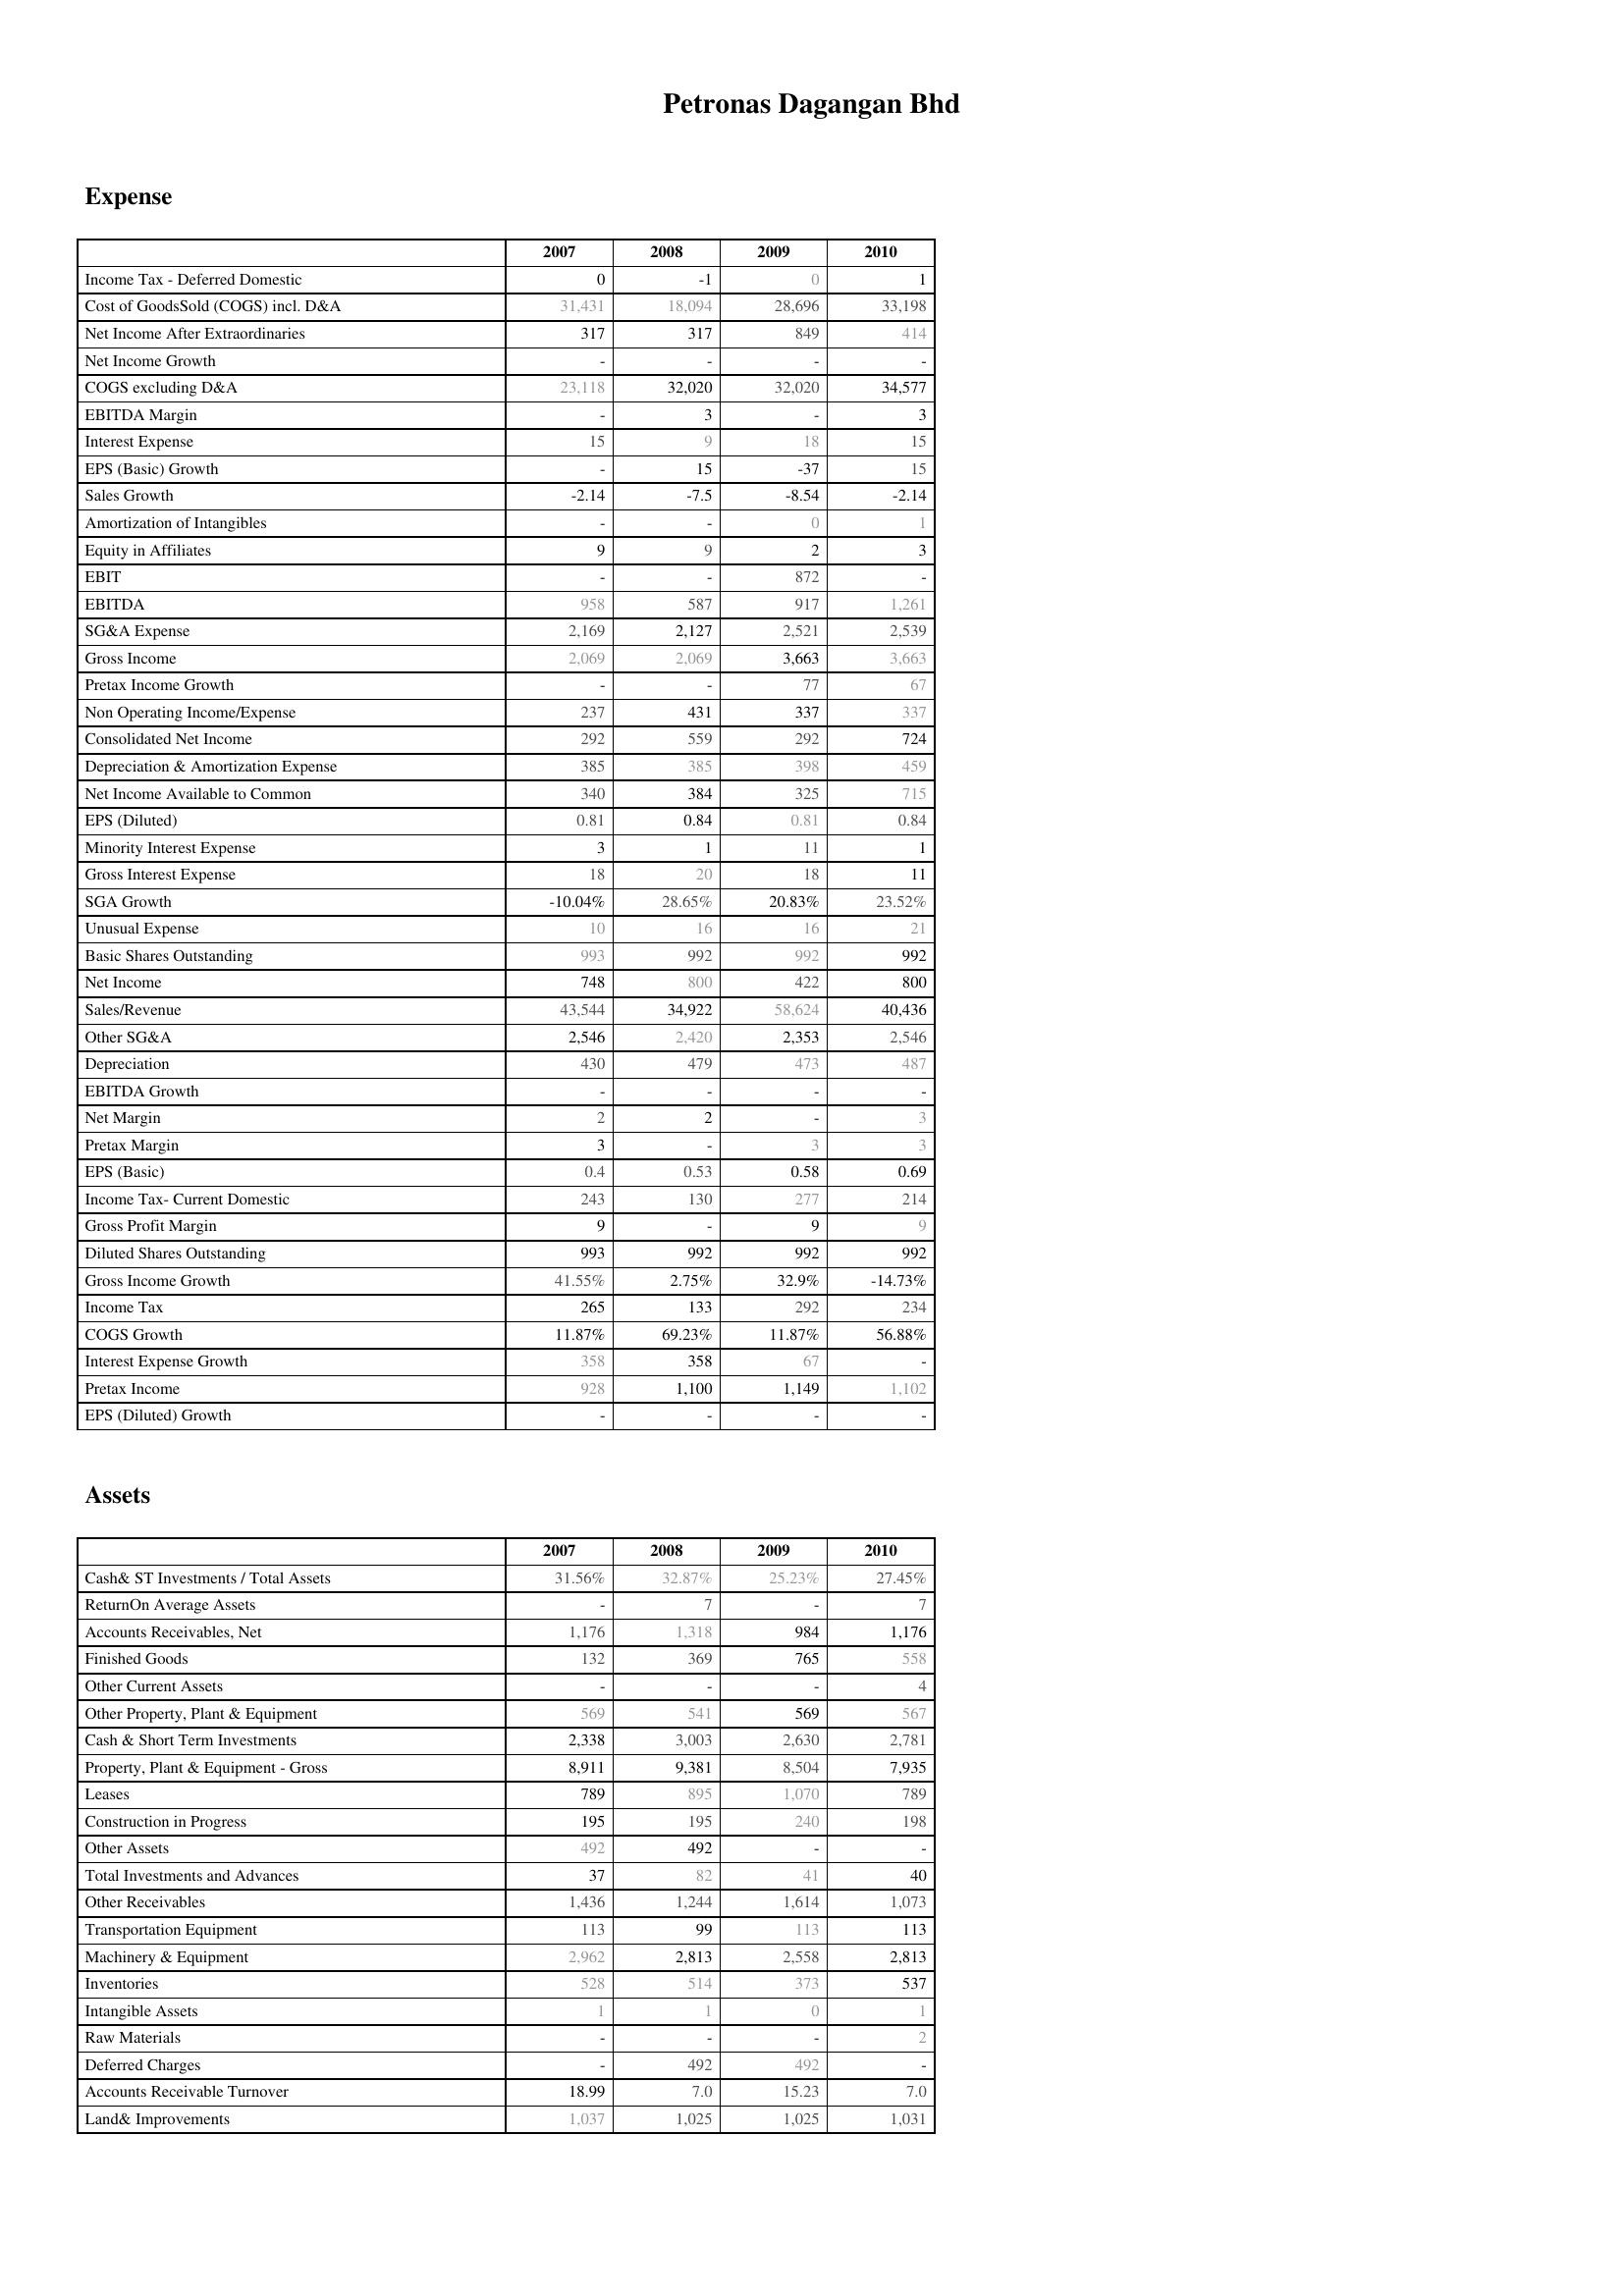
2007: Expense: Income Tax - Deferred Domestic: 0
Cost of GoodsSold (COGS) incl. D&A: 31,431
Net Income After Extraordinaries: 317
Net Income Growth: -
COGS excluding D&A: 23,118
EBITDA Margin: -
Interest Expense: 15
EPS (Basic) Growth: -
Sales Growth: -2.14
Amortization of Intangibles: -
Equity in Affiliates: 9
EBIT: -
EBITDA: 958
SG&A Expense: 2,169
Gross Income: 2,069
Pretax Income Growth: -
Non Operating Income/Expense: 237
Consolidated Net Income: 292
Depreciation & Amortization Expense: 385
Net Income Available to Common: 340
EPS (Diluted): 0.81
Minority Interest Expense: 3
Gross Interest Expense: 18
SGA Growth: -10.04%
Unusual Expense: 10
Basic Shares Outstanding: 993
Net Income: 748
Sales/Revenue: 43,544
Other SG&A: 2,546
Depreciation: 430
EBITDA Growth: -
Net Margin: 2
Pretax Margin: 3
EPS (Basic): 0.4
Income Tax- Current Domestic: 243
Gross Profit Margin: 9
Diluted Shares Outstanding: 993
Gross Income Growth: 41.55%
Income Tax: 265
COGS Growth: 11.87%
Interest Expense Growth: 358
Pretax Income: 928
EPS (Diluted) Growth: -
Assets: Cash& ST Investments / Total Assets: 31.56%
ReturnOn Average Assets: -
Accounts Receivables, Net: 1,176
Finished Goods: 132
Other Current Assets: -
Other Property, Plant & Equipment: 569
Cash & Short Term Investments: 2,338
Property, Plant & Equipment - Gross : 8,911
Leases: 789
Construction in Progress: 195
Other Assets: 492
Total Investments and Advances: 37
Other Receivables: 1,436
Transportation Equipment: 113
Machinery & Equipment: 2,962
Inventories: 528
Intangible Assets: 1
Raw Materials: -
Deferred Charges: -
Accounts Receivable Turnover: 18.99
Land& Improvements: 1,037
2008: Expense: Income Tax - Deferred Domestic: -1
Cost of GoodsSold (COGS) incl. D&A: 18,094
Net Income After Extraordinaries: 317
Net Income Growth: -
COGS excluding D&A: 32,020
EBITDA Margin: 3
Interest Expense: 9
EPS (Basic) Growth: 15
Sales Growth: -7.5
Amortization of Intangibles: -
Equity in Affiliates: 9
EBIT: -
EBITDA: 587
SG&A Expense: 2,127
Gross Income: 2,069
Pretax Income Growth: -
Non Operating Income/Expense: 431
Consolidated Net Income: 559
Depreciation & Amortization Expense: 385
Net Income Available to Common: 384
EPS (Diluted): 0.84
Minority Interest Expense: 1
Gross Interest Expense: 20
SGA Growth: 28.65%
Unusual Expense: 16
Basic Shares Outstanding: 992
Net Income: 800
Sales/Revenue: 34,922
Other SG&A: 2,420
Depreciation: 479
EBITDA Growth: -
Net Margin: 2
Pretax Margin: -
EPS (Basic): 0.53
Income Tax- Current Domestic: 130
Gross Profit Margin: -
Diluted Shares Outstanding: 992
Gross Income Growth: 2.75%
Income Tax: 133
COGS Growth: 69.23%
Interest Expense Growth: 358
Pretax Income: 1,100
EPS (Diluted) Growth: -
Assets: Cash& ST Investments / Total Assets: 32.87%
ReturnOn Average Assets: 7
Accounts Receivables, Net: 1,318
Finished Goods: 369
Other Current Assets: -
Other Property, Plant & Equipment: 541
Cash & Short Term Investments: 3,003
Property, Plant & Equipment - Gross : 9,381
Leases: 895
Construction in Progress: 195
Other Assets: 492
Total Investments and Advances: 82
Other Receivables: 1,244
Transportation Equipment: 99
Machinery & Equipment: 2,813
Inventories: 514
Intangible Assets: 1
Raw Materials: -
Deferred Charges: 492
Accounts Receivable Turnover: 7.0
Land& Improvements: 1,025
2009: Expense: Income Tax - Deferred Domestic: 0
Cost of GoodsSold (COGS) incl. D&A: 28,696
Net Income After Extraordinaries: 849
Net Income Growth: -
COGS excluding D&A: 32,020
EBITDA Margin: -
Interest Expense: 18
EPS (Basic) Growth: -37
Sales Growth: -8.54
Amortization of Intangibles: 0
Equity in Affiliates: 2
EBIT: 872
EBITDA: 917
SG&A Expense: 2,521
Gross Income: 3,663
Pretax Income Growth: 77
Non Operating Income/Expense: 337
Consolidated Net Income: 292
Depreciation & Amortization Expense: 398
Net Income Available to Common: 325
EPS (Diluted): 0.81
Minority Interest Expense: 11
Gross Interest Expense: 18
SGA Growth: 20.83%
Unusual Expense: 16
Basic Shares Outstanding: 992
Net Income: 422
Sales/Revenue: 58,624
Other SG&A: 2,353
Depreciation: 473
EBITDA Growth: -
Net Margin: -
Pretax Margin: 3
EPS (Basic): 0.58
Income Tax- Current Domestic: 277
Gross Profit Margin: 9
Diluted Shares Outstanding: 992
Gross Income Growth: 32.9%
Income Tax: 292
COGS Growth: 11.87%
Interest Expense Growth: 67
Pretax Income: 1,149
EPS (Diluted) Growth: -
Assets: Cash& ST Investments / Total Assets: 25.23%
ReturnOn Average Assets: -
Accounts Receivables, Net: 984
Finished Goods: 765
Other Current Assets: -
Other Property, Plant & Equipment: 569
Cash & Short Term Investments: 2,630
Property, Plant & Equipment - Gross : 8,504
Leases: 1,070
Construction in Progress: 240
Other Assets: -
Total Investments and Advances: 41
Other Receivables: 1,614
Transportation Equipment: 113
Machinery & Equipment: 2,558
Inventories: 373
Intangible Assets: 0
Raw Materials: -
Deferred Charges: 492
Accounts Receivable Turnover: 15.23
Land& Improvements: 1,025
2010: Expense: Income Tax - Deferred Domestic: 1
Cost of GoodsSold (COGS) incl. D&A: 33,198
Net Income After Extraordinaries: 414
Net Income Growth: -
COGS excluding D&A: 34,577
EBITDA Margin: 3
Interest Expense: 15
EPS (Basic) Growth: 15
Sales Growth: -2.14
Amortization of Intangibles: 1
Equity in Affiliates: 3
EBIT: -
EBITDA: 1,261
SG&A Expense: 2,539
Gross Income: 3,663
Pretax Income Growth: 67
Non Operating Income/Expense: 337
Consolidated Net Income: 724
Depreciation & Amortization Expense: 459
Net Income Available to Common: 715
EPS (Diluted): 0.84
Minority Interest Expense: 1
Gross Interest Expense: 11
SGA Growth: 23.52%
Unusual Expense: 21
Basic Shares Outstanding: 992
Net Income: 800
Sales/Revenue: 40,436
Other SG&A: 2,546
Depreciation: 487
EBITDA Growth: -
Net Margin: 3
Pretax Margin: 3
EPS (Basic): 0.69
Income Tax- Current Domestic: 214
Gross Profit Margin: 9
Diluted Shares Outstanding: 992
Gross Income Growth: -14.73%
Income Tax: 234
COGS Growth: 56.88%
Interest Expense Growth: -
Pretax Income: 1,102
EPS (Diluted) Growth: -
Assets: Cash& ST Investments / Total Assets: 27.45%
ReturnOn Average Assets: 7
Accounts Receivables, Net: 1,176
Finished Goods: 558
Other Current Assets: 4
Other Property, Plant & Equipment: 567
Cash & Short Term Investments: 2,781
Property, Plant & Equipment - Gross : 7,935
Leases: 789
Construction in Progress: 198
Other Assets: -
Total Investments and Advances: 40
Other Receivables: 1,073
Transportation Equipment: 113
Machinery & Equipment: 2,813
Inventories: 537
Intangible Assets: 1
Raw Materials: 2
Deferred Charges: -
Accounts Receivable Turnover: 7.0
Land& Improvements: 1,031